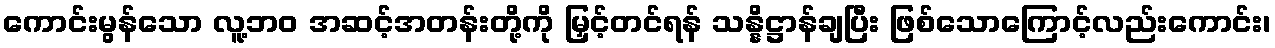
ကောင်းမွန်သော လူ့ဘဝ အဆင့်အတန်းတို့ကို မြှင့်တင်ရန် သန္နိဋ္ဌာန်ချပြီး ဖြစ်သောကြောင့်လည်းကောင်း၊